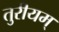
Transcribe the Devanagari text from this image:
तुरीयम्